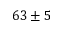
6 3 \pm 5